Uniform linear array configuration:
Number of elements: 64
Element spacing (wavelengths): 0.75
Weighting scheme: hann
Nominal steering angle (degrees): -45
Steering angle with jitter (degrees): -46.473
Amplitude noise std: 0.05
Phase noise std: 0.05

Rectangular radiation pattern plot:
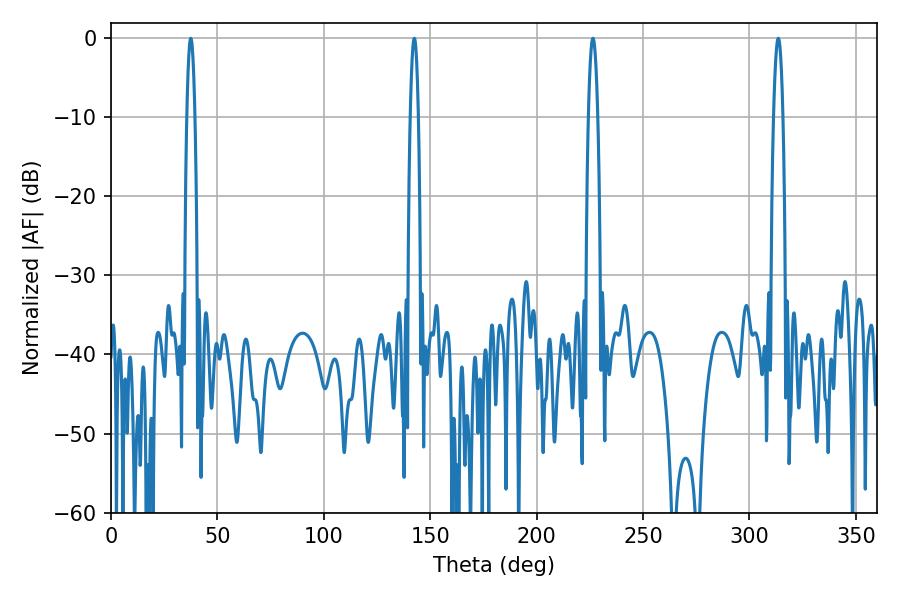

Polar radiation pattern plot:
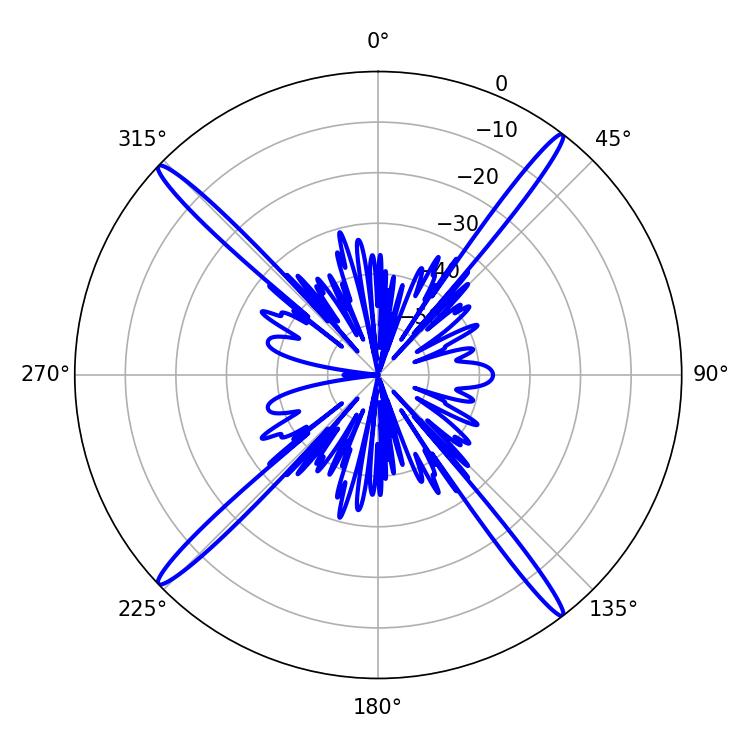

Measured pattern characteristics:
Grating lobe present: TRUE
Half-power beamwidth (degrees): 2.34
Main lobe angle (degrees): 226.44